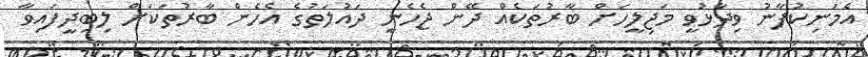
އެމަނިކުފާނު ވިދާޅުވީ މަޖިލީހަށް ބާރުތަކެއް ދޭން ޖެހެނީ ދައުލަތުގެ އެހެން ބާރުތަކަށް ލިބިދީފައިވާ